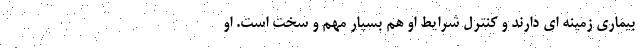
بیماری زمینه ای دارند و کنترل شرایط او هم بسیار مهم و سخت است. او